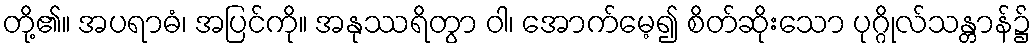
တို့၏။ အပရာဓံ၊ အပြင်ကို။ အနုဿရိတွာ ဝါ၊ အောက်မေ့၍ စိတ်ဆိုးသော ပုဂ္ဂိုလ်သန္တာန်၌